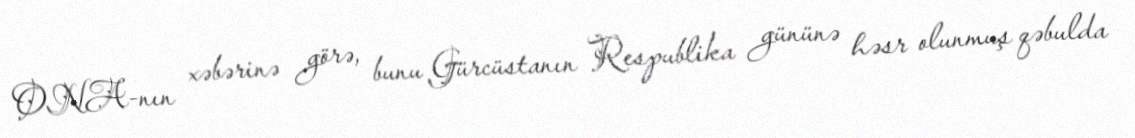
ONA-nın xəbərinə görə, bunu Gürcüstanın Respublika gününə həsr olunmuş qəbulda